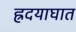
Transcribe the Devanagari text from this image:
ह्रदयाघात